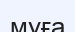
муға